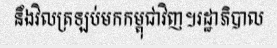
នឹងវិលត្រឡប់មកកម្ពុជាវិញ។រដ្ឋាភិបាល